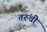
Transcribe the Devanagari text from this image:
तरुंची